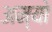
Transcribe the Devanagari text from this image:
अम्यो